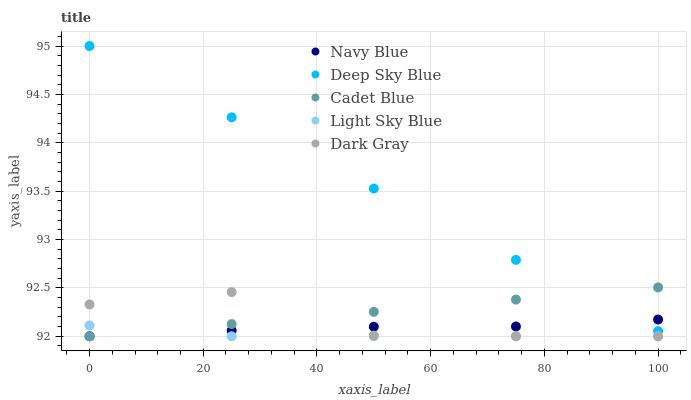
| xaxis_label | Navy Blue | Deep Sky Blue | Cadet Blue | Light Sky Blue | Dark Gray |
 | --- | --- | --- | --- | --- | --- |
 | 0 | 92 | 95 | 92 | 92.1 | 92.3 |
 | 25 | 92.1 | 94.3 | 92.1 | 92 | 92.5 |
 | 50 | 92.1 | 93.5 | 92.3 | 92 | 92 |
 | 75 | 92.1 | 92.8 | 92.4 | 92 | 92 |
 | 100 | 92.2 | 92.1 | 92.5 | 92 | 92 |